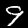
Label: 9